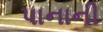
પાનાની